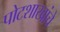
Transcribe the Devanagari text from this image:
पोटशाखांचे